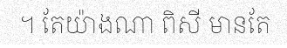
។ តែយ៉ាងណា ពិសី មានតែ